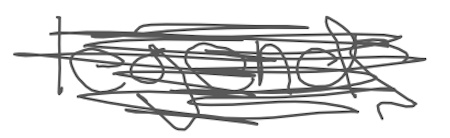
Text: legends
Cross-out: scratch
Writing tool: digital_gray